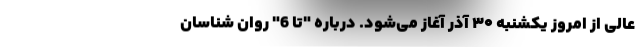
عالی از امروز یکشنبه ۳۰ آذر آغاز می‌شود. درباره "تا 6" روان شناسان